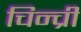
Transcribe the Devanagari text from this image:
चिन्च्री